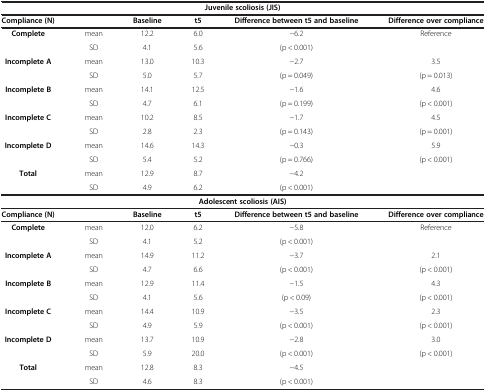
<table><thead><tr><td colspan="6"><b>Juvenile scoliosis (JIS)</b></td></tr><tr><td><b>Compliance (N)</b></td><td><b> </b></td><td><b>Baseline</b></td><td><b>t5</b></td><td><b>Difference between t5 and baseline</b></td><td><b>Difference over compliance</b></td></tr></thead><tbody><tr><td rowspan="2"><b>Complete</b></td><td>mean</td><td>12.2</td><td>6.0</td><td>−6.2</td><td rowspan="2">Reference</td></tr><tr><td>SD</td><td>4.1</td><td>5.6</td><td>(p &lt; 0.001)</td></tr><tr><td rowspan="2"><b>Incomplete A</b></td><td>mean</td><td>13.0</td><td>10.3</td><td>−2.7</td><td>3.5</td></tr><tr><td>SD</td><td>5.0</td><td>5.7</td><td>(p = 0.049)</td><td>(p = 0.013)</td></tr><tr><td rowspan="2"><b>Incomplete B</b></td><td>mean</td><td>14.1</td><td>12.5</td><td>−1.6</td><td>4.6</td></tr><tr><td>SD</td><td>4.7</td><td>6.1</td><td>(p = 0.199)</td><td>(p &lt; 0.001)</td></tr><tr><td rowspan="2"><b>Incomplete C</b></td><td>mean</td><td>10.2</td><td>8.5</td><td>−1.7</td><td>4.5</td></tr><tr><td>SD</td><td>2.8</td><td>2.3</td><td>(p = 0.143)</td><td>(p = 0.001)</td></tr><tr><td rowspan="2"><b>Incomplete D</b></td><td>mean</td><td>14.6</td><td>14.3</td><td>−0.3</td><td>5.9</td></tr><tr><td>SD</td><td>5.4</td><td>5.2</td><td>(p = 0.766)</td><td>(p &lt; 0.001)</td></tr><tr><td rowspan="2"><b>Total</b></td><td>mean</td><td>12.9</td><td>8.7</td><td>−4.2</td><td rowspan="2"> </td></tr><tr><td>SD</td><td>4.9</td><td>6.2</td><td>(p &lt; 0.001)</td></tr><tr><td colspan="6"><b>Adolescent scoliosis (AIS)</b></td></tr><tr><td><b>Compliance (N)</b></td><td> </td><td><b>Baseline</b></td><td><b>t5</b></td><td><b>Difference between t5 and baseline</b></td><td><b>Difference over compliance</b></td></tr><tr><td rowspan="2"><b>Complete</b></td><td>mean</td><td>12.0</td><td>6.2</td><td>−5.8</td><td rowspan="2">Reference</td></tr><tr><td>SD</td><td>4.1</td><td>5.2</td><td>(p &lt; 0.001)</td></tr><tr><td rowspan="2"><b>Incomplete A</b></td><td>mean</td><td>14.9</td><td>11.2</td><td>−3.7</td><td>2.1</td></tr><tr><td>SD</td><td>4.7</td><td>6.6</td><td>(p &lt; 0.001)</td><td>(p &lt; 0.001)</td></tr><tr><td rowspan="2"><b>Incomplete B</b></td><td>mean</td><td>12.9</td><td>11.4</td><td>−1.5</td><td>4.3</td></tr><tr><td>SD</td><td>4.1</td><td>5.6</td><td>(p &lt; 0.09)</td><td>(p &lt; 0.001)</td></tr><tr><td rowspan="2"><b>Incomplete C</b></td><td>mean</td><td>14.4</td><td>10.9</td><td>−3.5</td><td>2.3</td></tr><tr><td>SD</td><td>4.9</td><td>5.9</td><td>(p &lt; 0.001)</td><td>(p &lt; 0.001)</td></tr><tr><td rowspan="2"><b>Incomplete D</b></td><td>mean</td><td>13.7</td><td>10.9</td><td>−2.8</td><td>3.0</td></tr><tr><td>SD</td><td>5.9</td><td>20.0</td><td>(p &lt; 0.001)</td><td>(p &lt; 0.001)</td></tr><tr><td rowspan="2"><b>Total</b></td><td>mean</td><td>12.8</td><td>8.3</td><td>−4.5</td><td rowspan="2"> </td></tr><tr><td>SD</td><td>4.6</td><td>8.3</td><td>(p &lt; 0.001)</td></tr></tbody></table>